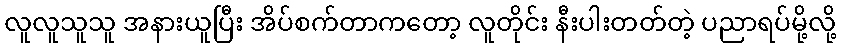
လူလူသူသူ အနားယူပြီး အိပ်စက်တာကတော့ လူတိုင်း နီးပါးတတ်တဲ့ ပညာရပ်မို့လို့